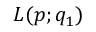
L ( p ; q _ { 1 } )